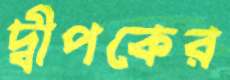
দ্বীপকের